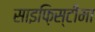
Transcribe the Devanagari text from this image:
साइफ़िस्टीमा